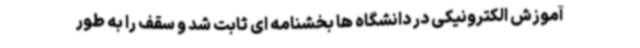
آموزش الکترونیکی در دانشگاه ها بخشنامه ای ثابت شد و سقف را به طور